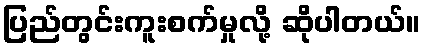
ပြည်တွင်းကူးစက်မှုလို့ ဆိုပါတယ်။